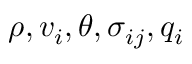
\rho , v _ { i } , \theta , \sigma _ { i j } , q _ { i }